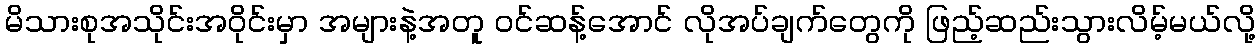
မိသားစုအသိုင်းအဝိုင်းမှာ အများနဲ့အတူ ဝင်ဆန့်အောင် လိုအပ်ချက်တွေကို ဖြည့်ဆည်းသွားလိမ့်မယ်လို့